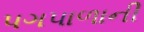
પગપાળાની